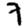
Digit: 7